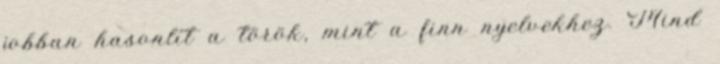
jobban hasonlít a török, mint a finn nyelvekhez. Mind